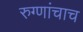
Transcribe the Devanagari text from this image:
रुग्णांचाच